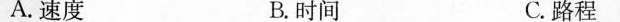
A.速度 B.时间 C.路程